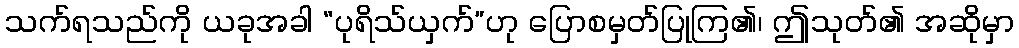
သက်ရသည်ကို ယခုအခါ “ပုရိသ်ယှက်”ဟု ပြောစမှတ်ပြုကြ၏၊ ဤသုတ်၏ အဆိုမှာ